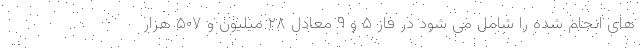
های انجام شده را شامل می شود در فاز ۵ و ۹ معادل ۲۸ میلیون و ۵۰۷ هزار